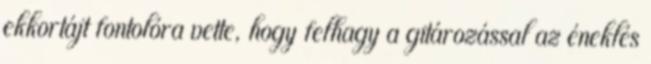
ekkortájt fontolóra vette, hogy felhagy a gitározással az éneklés